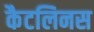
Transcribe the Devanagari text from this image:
कैटलिनस